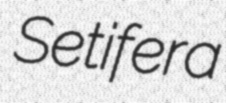
Setifera